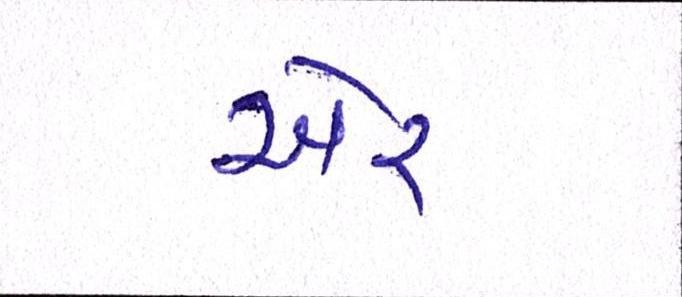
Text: ઍર